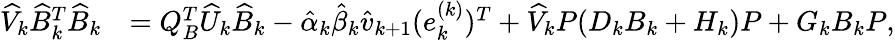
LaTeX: \begin{array}{rl}{\widehat{V}_{k}\widehat{B}_{k}^{T}\widehat{B}_{k}}&{=Q_{B}^{T}\widehat{U}_{k}\widehat{B}_{k}-\hat{\alpha}_{k}\hat{\beta}_{k}\hat{v}_{k+1}(e_{k}^{(k)})^{T}+\widehat{V}_{k}P(D_{k}B_{k}+H_{k})P+G_{k}B_{k}P,}\end{array}